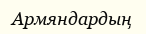
Армяндардың